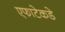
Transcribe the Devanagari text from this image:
एफाटेकडे